Civil Veterinary Department. Madras. Admin. report 1926-33 - 1926-1933
Year: 1926
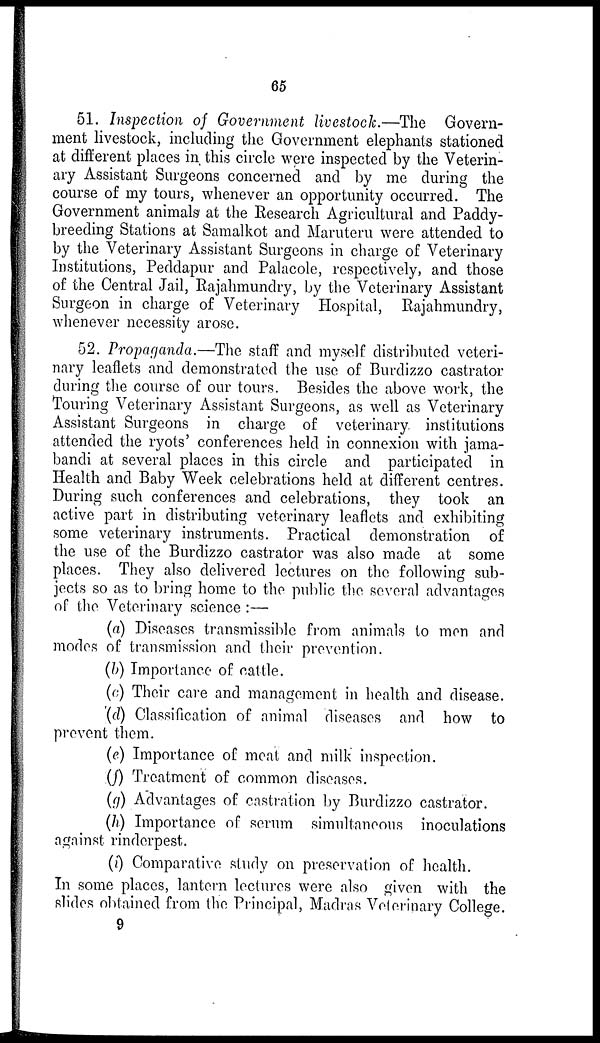
65
51. Inspection of Government livestock.—The
Govern-
ment livestock, including the Government elephants stationed
at different places in this circle were inspected by the Veterin-
ary Assistant Surgeons concerned and by me during the
course of my tours, whenever an opportunity occurred. The
Government animals at the Research Agricultural and Paddy-
breeding Stations at Samalkot and Maruteru were attended to
by the Veterinary Assistant Surgeons in charge of Veterinary
Institutions, Peddapur and Palacole, respectively, and those
of the Central Jail, Rajahmundry, by the Veterinary Assistant
Surgeon in charge of Veterinary Hospital, Rajahmundry,
whenever necessity arose.
52. Propaganda.—The staff and myself distributed veteri-
nary leaflets and demonstrated the use of Burdizzo castrator
during the course of our tours. Besides the above work, the
Touring Veterinary Assistant Surgeons, as well as Veterinary
Assistant Surgeons in charge of veterinary institutions
attended the ryots' conferences held in connexion with jama-
bandi at several places in this circle and participated in
Health and Baby Week celebrations held at different centres.
During such conferences and celebrations, they took an
active part in distributing veterinary leaflets and exhibiting
some veterinary instruments. Practical demonstration of
the use of the Burdizzo castrator was also made at some
places. They also delivered lectures on the following sub-
jects so as to bring home to the public the several advantages
of the Veterinary science :—
(a) Diseases transmissible from animals to men and
modes of transmission and their prevention.
(b) Importance of cattle.
(a) Their care and management in health and disease.
(d) Classification of animal diseases and how to
prevent them.
(e) Importance of meat and milk inspection.
(f) Treatment of common diseases.
(g) Advantages of castration by Burdizzo castrator.
(h) Importance of serum simultaneous inoculations
against rinderpest.
(i) Comparative study on preservation of health.
In some places, lantern lectures were also given with the
slides obtained from the Principal, Madras Veterinary College.
9